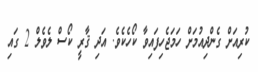
ކުރިއަށް ގެންދިއުމަށް ހަމަޖެހިފައިވާ ކޯހެކެވެ. އަދި ޤާރީ ކޯސް ލެވެލް 2 ގައި